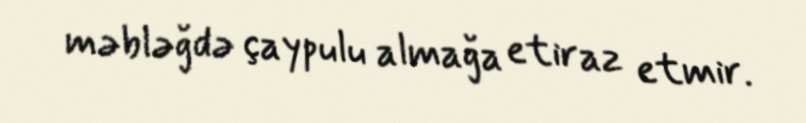
məbləğdə çaypulu almağa etiraz etmir.